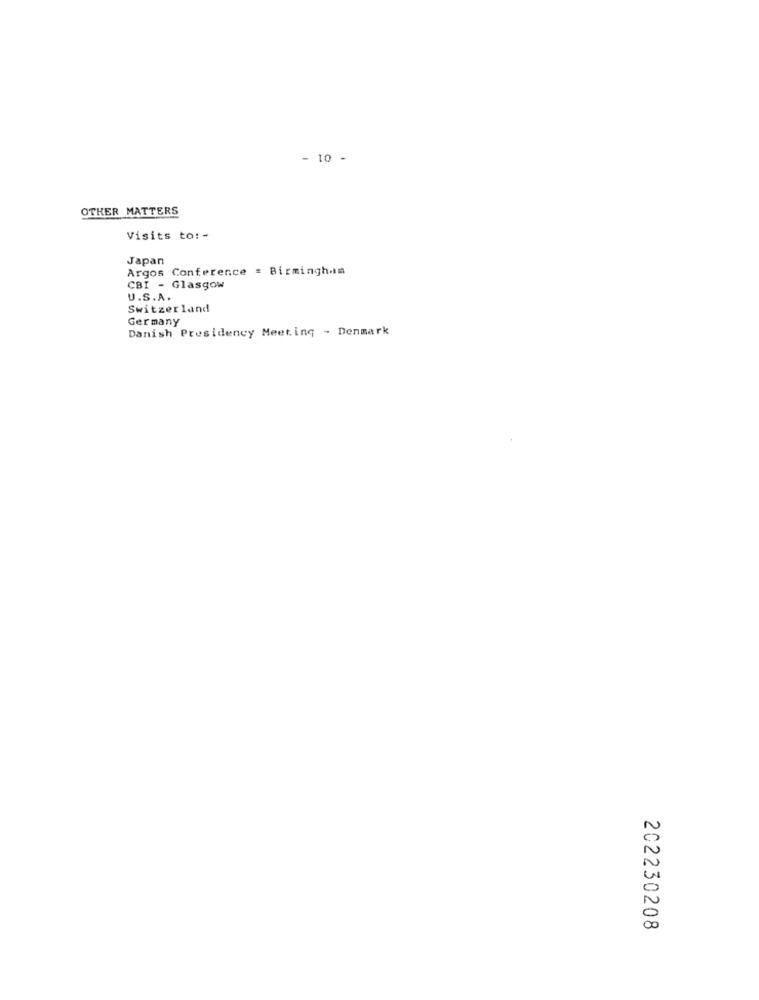
- 10 -
OTHER MATTERS
Visits to: -
Japan
Argos Conference = Birmingham
CBI - Glasgow
U.S.A.
Switzerland
Germany
Danish Presidency Meeting - Denmark
202230208